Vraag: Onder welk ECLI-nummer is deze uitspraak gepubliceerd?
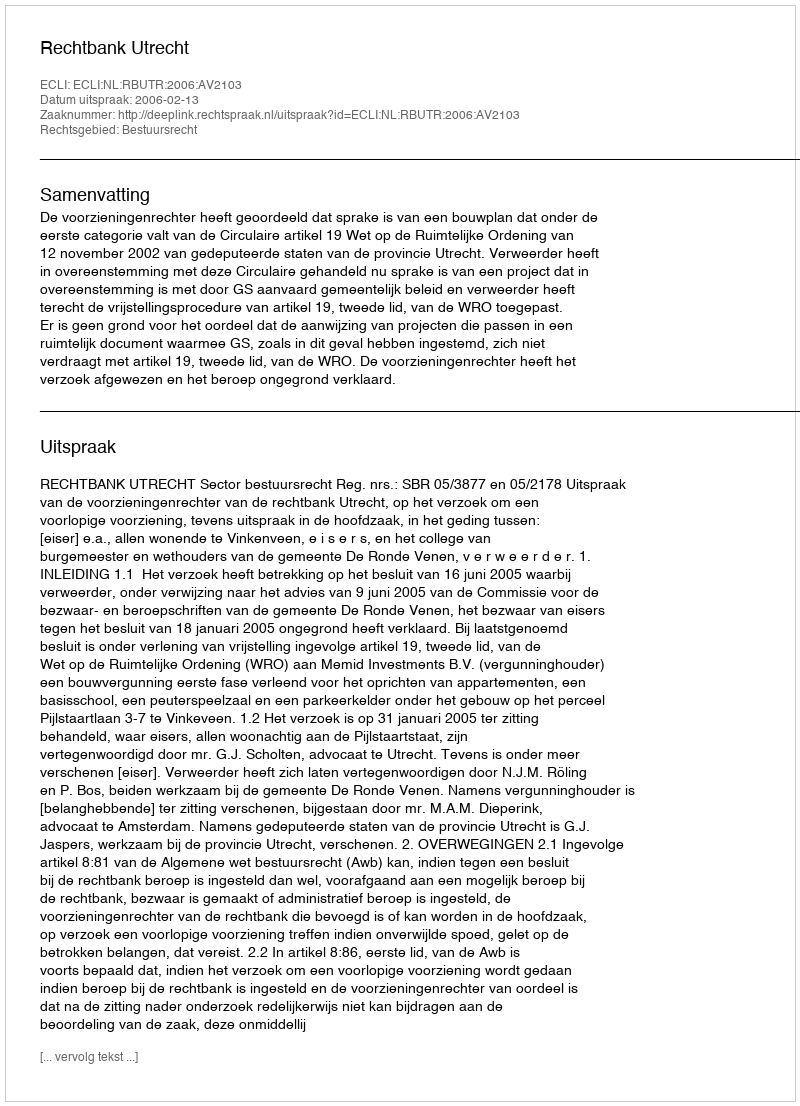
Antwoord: ECLI:NL:RBUTR:2006:AV2103